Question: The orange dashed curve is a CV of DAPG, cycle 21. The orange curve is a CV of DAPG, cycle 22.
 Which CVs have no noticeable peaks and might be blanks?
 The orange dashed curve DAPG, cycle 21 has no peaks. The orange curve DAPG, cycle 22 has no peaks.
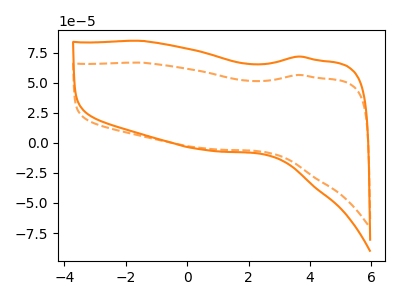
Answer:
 <answer>"DAPG, cycle 21" and "DAPG, cycle 22" are likely to be blanks.</answer>
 <eval>"DAPG, cycle 21", "DAPG, cycle 22"</eval>